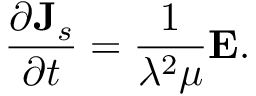
\frac { \partial { \bf J } _ { s } } { \partial t } = \frac { 1 } { \lambda ^ { 2 } \mu } { \bf E } .